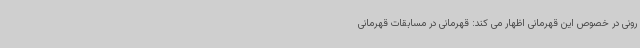
رونی در خصوص این قهرمانی اظهار می کند: قهرمانی در مسابقات قهرمانی